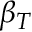
\beta _ { T }